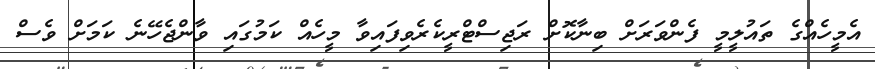
އެމީހެއްގެ ތައުލީމީ ފެންވަރަށް ބިނާކޮށް ރަޖިސްޓްރީކެރެވިފައިވާ މީހެއް ކަމުގައި ވާންޖެހޭނެ ކަމަށް ވެސް